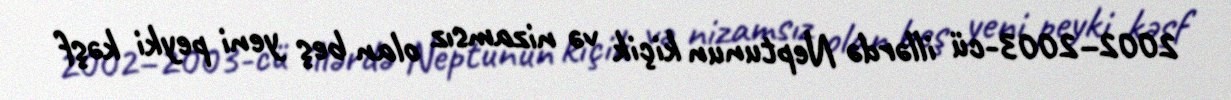
2002–2003-cü illərdə Neptunun kiçik və nizamsız olan beş yeni peyki kəşf